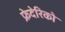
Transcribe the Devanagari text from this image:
फ्रेदेरिको